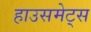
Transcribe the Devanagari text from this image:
हाउसमेट्स